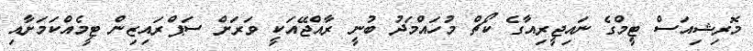
މޮރިޝިއަސް ޓީމްގެ ނައިޖީރިއާގެ ކޯޗް މުހައްމަދު ބުނީ ރާއްޖޭއަކީ ވަރަށް ސަޕްރައިޒިން ޓީމެެއްކަމަށާއި